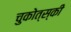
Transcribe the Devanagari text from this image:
चुकोत्स्की